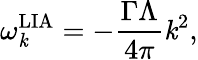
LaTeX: \omega_{\mathit{k}}^{\mathrm{{LIA}}}=-\frac{{\Gamma\Lambda}}{{4\pi}}\mathit{k}^{2},